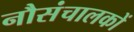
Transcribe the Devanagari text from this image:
नौसंचालकों